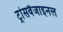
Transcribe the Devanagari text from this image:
ट्रांसवैजाइनल